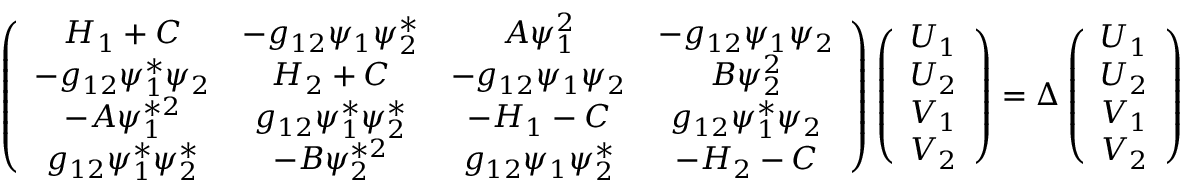
\begin{array} { r } { \left( \begin{array} { c c c c } { H _ { 1 } + C } & { - g _ { 1 2 } \psi _ { 1 } \psi _ { 2 } ^ { * } } & { A \psi _ { 1 } ^ { 2 } } & { - g _ { 1 2 } \psi _ { 1 } \psi _ { 2 } } \\ { - g _ { 1 2 } \psi _ { 1 } ^ { * } \psi _ { 2 } } & { H _ { 2 } + C } & { - g _ { 1 2 } \psi _ { 1 } \psi _ { 2 } } & { B \psi _ { 2 } ^ { 2 } } \\ { - A \psi _ { 1 } ^ { * 2 } } & { g _ { 1 2 } \psi _ { 1 } ^ { * } \psi _ { 2 } ^ { * } } & { - H _ { 1 } - C } & { g _ { 1 2 } \psi _ { 1 } ^ { * } \psi _ { 2 } } \\ { g _ { 1 2 } \psi _ { 1 } ^ { * } \psi _ { 2 } ^ { * } } & { - B \psi _ { 2 } ^ { * 2 } } & { g _ { 1 2 } \psi _ { 1 } \psi _ { 2 } ^ { * } } & { - H _ { 2 } - C } \end{array} \right) \left( \begin{array} { c } { U _ { 1 } } \\ { U _ { 2 } } \\ { V _ { 1 } } \\ { V _ { 2 } } \end{array} \right) = \Delta \left( \begin{array} { c } { U _ { 1 } } \\ { U _ { 2 } } \\ { V _ { 1 } } \\ { V _ { 2 } } \end{array} \right) } \end{array}